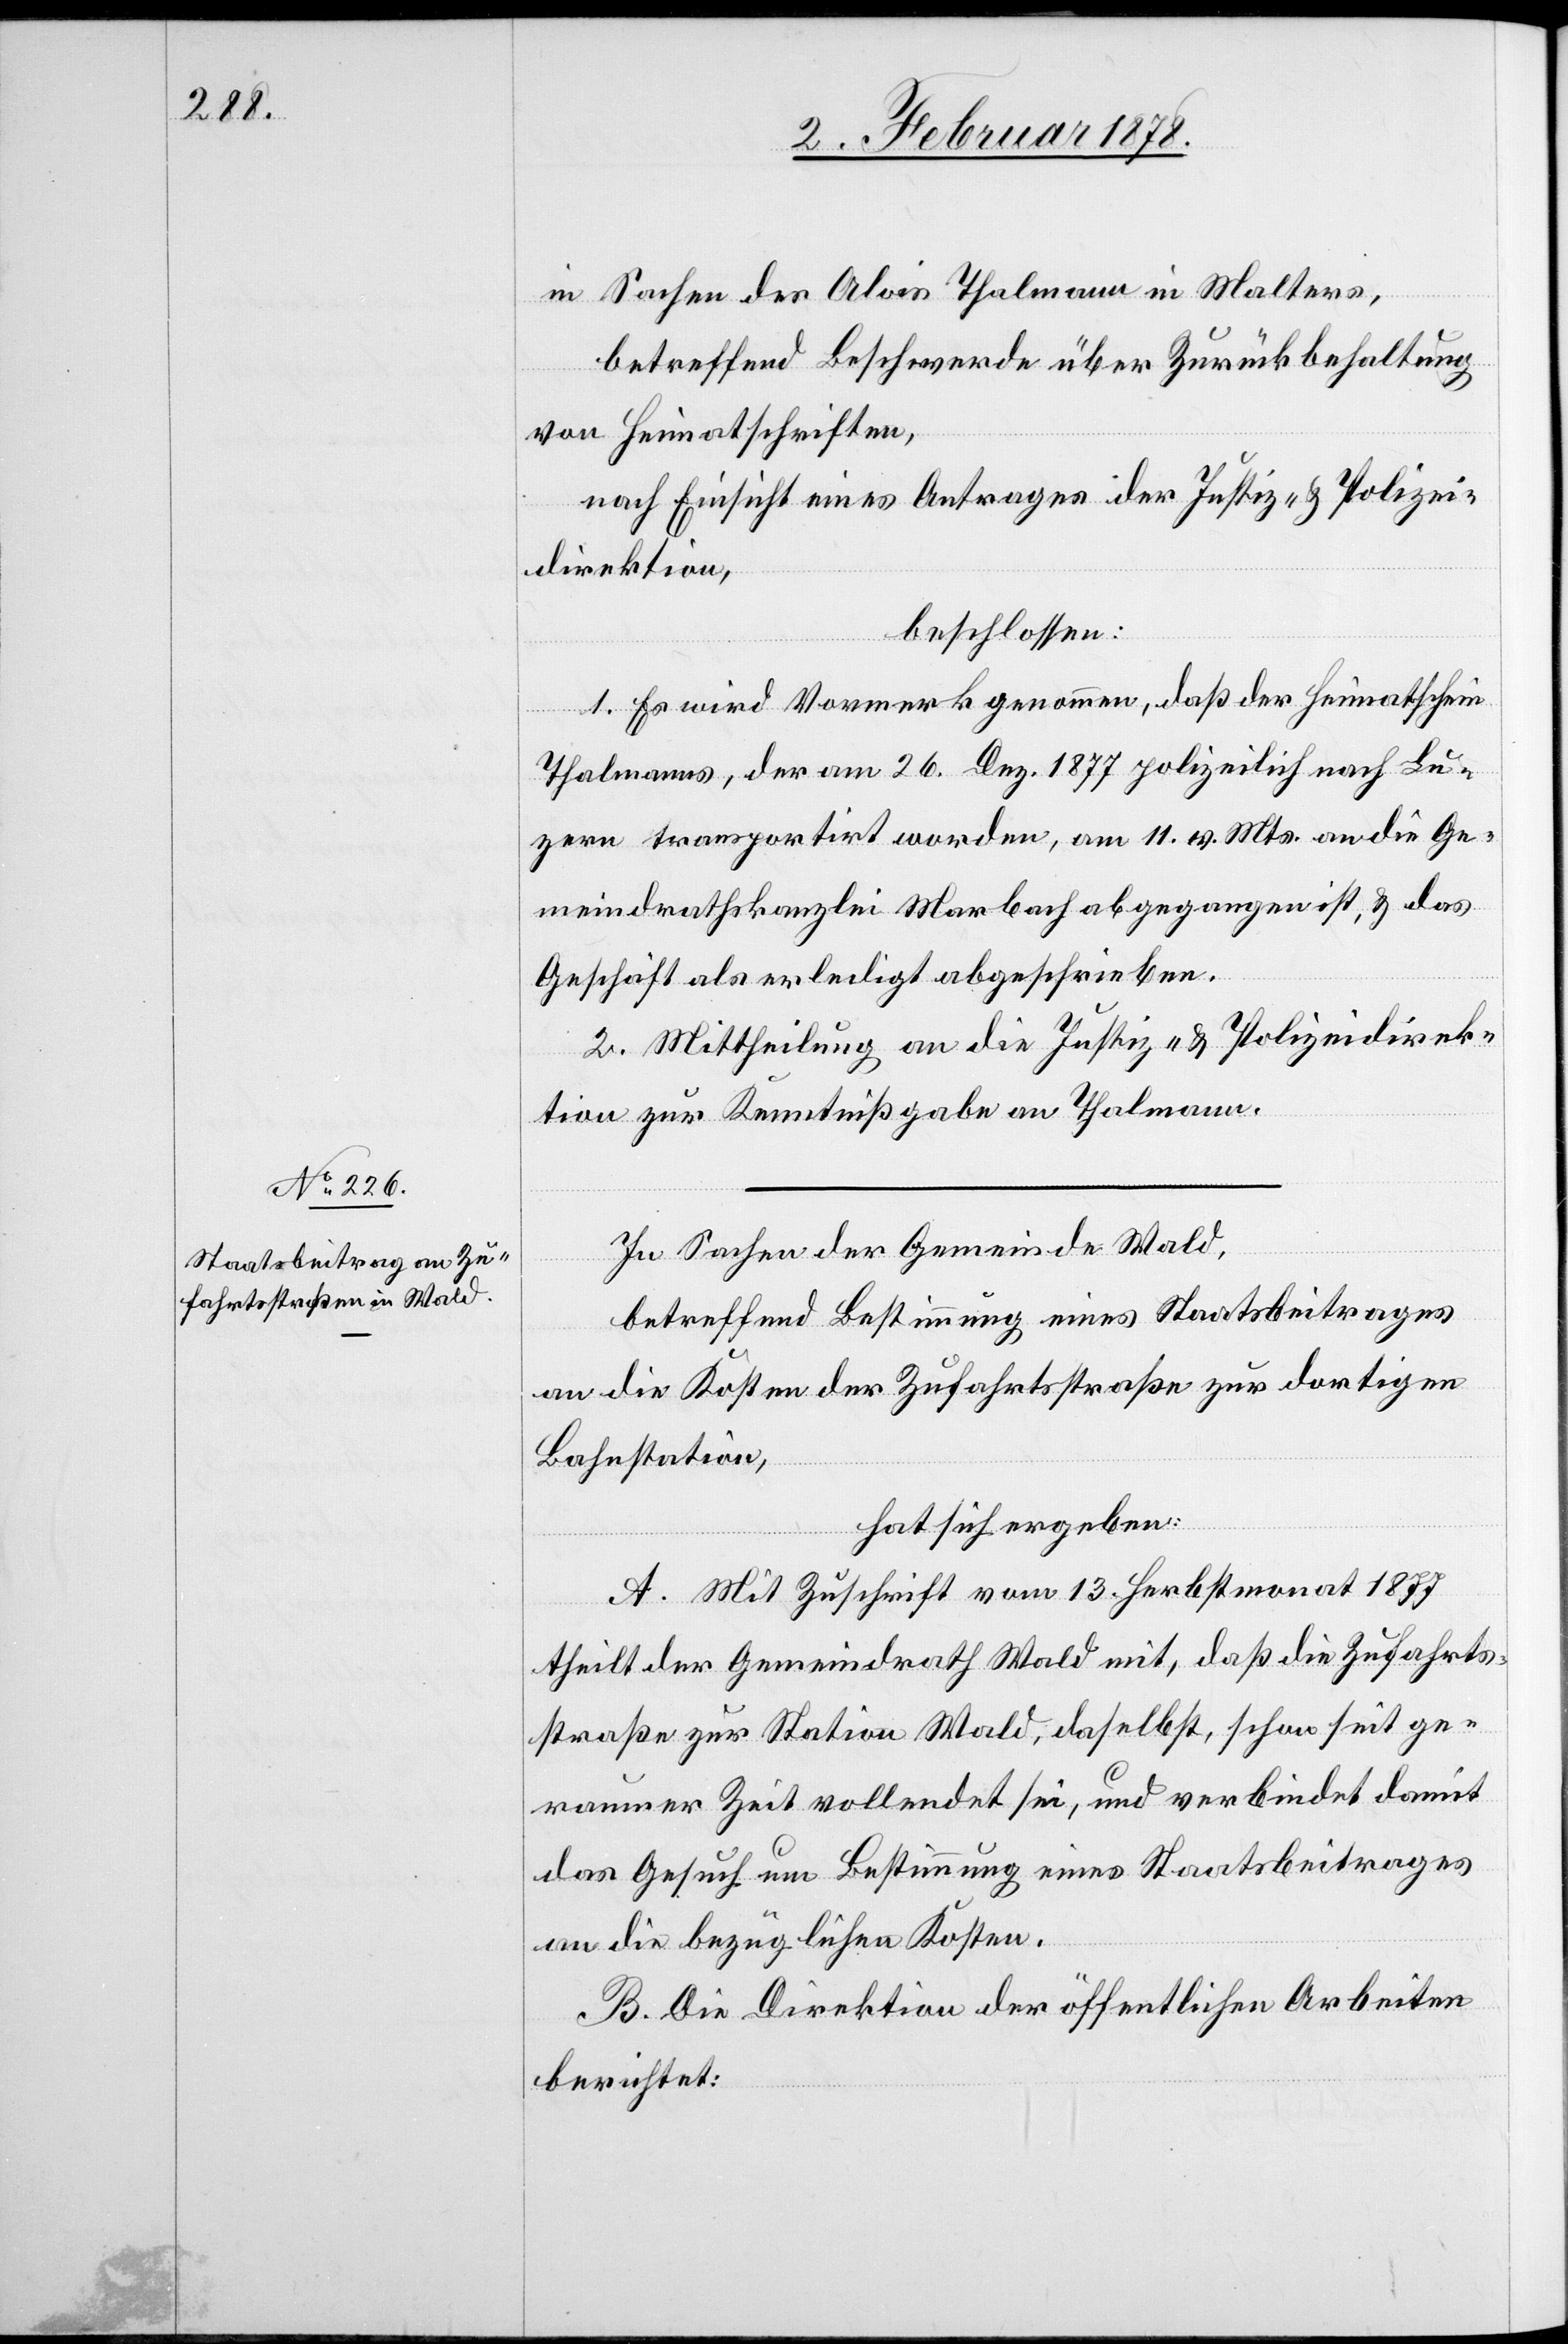
in Sachen des Alois Thalmann in Malters,
betreffend Beschwerde über Zurückbehaltung
von Heimatschriften,
nach Einsicht eines Antrages der Justiz- & Polizei¬
direktion,
beschlossen:
1. Es wird Vormerk genommen, daß der Heimatschein
Thalmanns, der am 26. Dez. 1877 polizeilich nach Lu¬
zern transportirt worden, am 11. v. Mts. an die Ge¬
meindrathskanzlei Marbach abgegangen ist, & das
Geschäft als erledigt abgeschrieben.
2. Mittheilung an die Justiz- & Polizeidirek¬
tion zur Kenntnißgabe an Thalmann.
In Sachen der Gemeinde Wald,
betreffend Bestimmung eines Staatsbeitrages
an die Kosten der Zufahrtsstraße zur dortigen
Bahnstation,
hat sich ergeben:
A. Mit Zuschrift vom 13. Herbstmonat 1877
theilt der Gemeindrath Wald mit, daß die Zufahrts¬
straße zur Station Wald, daselbst, schon seit ge¬
raumer Zeit vollendet sei, und verbindet damit
das Gesuch um Bestimmung eines Staatsbeitrages
an die bezüglichen Kosten.
B. Die Direktion der öffentlichen Arbeiten
berichtet: